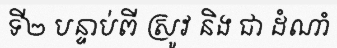
ទី២ បន្ទាប់ពី ស្រូវ និង ជា ដំណាំ